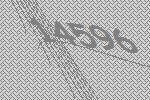
14596